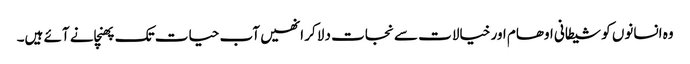
وہ انسانوں کو شیطانی اوھام اور خیالات سے نجات دلا کر انھیں آب حیات تک پھنچانے آئے ہیں۔